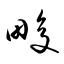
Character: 畯